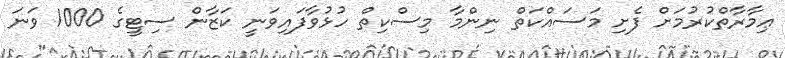
ޢިމާރާތްކުރުމަށް ފެށި މަސައްކަތް ނިންމާ މިސްކިތް ހުޅުވާފައިވަނީ ކަޒާން ސިޓީގެ 1000 ވަނަ